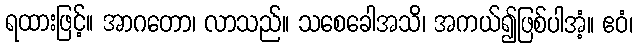
ရထားဖြင့်။ အာဂတော၊ လာသည်။ သစေခေါအသိ၊ အကယ်၍ဖြစ်ပါအံ့။ ဧဝံ၊